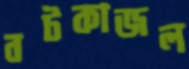
বটকাজল